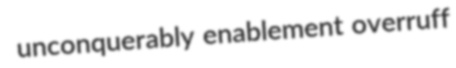
unconquerably enablement overruff